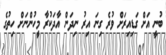
ބުނީ އަށް ގަޑިއިރަށް ވުރެ ގިނަ އިރު ނިދަން އާދަކުރާ މީހުންނަށް ހިތުގެ